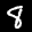
Label: 8